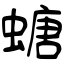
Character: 螗